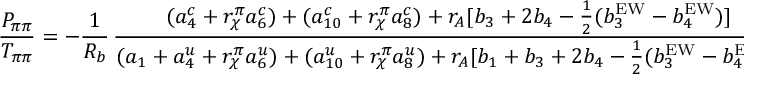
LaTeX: \frac { P _ { \pi \pi } } { T _ { \pi \pi } } = - \frac { 1 } { R _ { b } } \, \frac { ( a _ { 4 } ^ { c } + r _ { \chi } ^ { \pi } a _ { 6 } ^ { c } ) + ( a _ { 1 0 } ^ { c } + r _ { \chi } ^ { \pi } a _ { 8 } ^ { c } ) + r _ { A } [ b _ { 3 } + 2 b _ { 4 } - \frac 1 2 ( b _ { 3 } ^ { \mathrm { E W } } - b _ { 4 } ^ { \mathrm { E W } } ) ] } { ( a _ { 1 } + a _ { 4 } ^ { u } + r _ { \chi } ^ { \pi } a _ { 6 } ^ { u } ) + ( a _ { 1 0 } ^ { u } + r _ { \chi } ^ { \pi } a _ { 8 } ^ { u } ) + r _ { A } [ b _ { 1 } + b _ { 3 } + 2 b _ { 4 } - \frac 1 2 ( b _ { 3 } ^ { \mathrm { E W } } - b _ { 4 } ^ { \mathrm { E W } } ) ] } \, ,